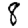
Digit: 8